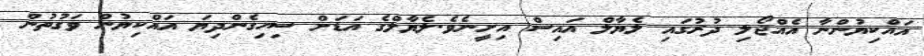
އައްކިޔުންނާ އެއްޖޯލި ދުރުގައި ލެޔާލް އައިސް އިށީނެވެ.ލެޔާލްގެ އަޑަށް ސިހިގެންދިޔަ އައްކިޔުން ވަގުތުން